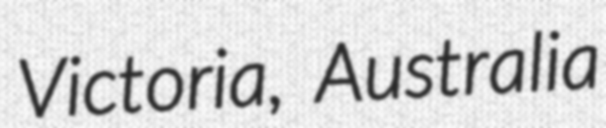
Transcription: Victoria, Australia